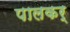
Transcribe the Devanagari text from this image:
पालकर्